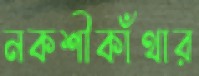
নকশীকাঁথার